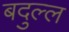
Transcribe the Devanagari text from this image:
बदुल्ल